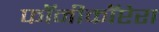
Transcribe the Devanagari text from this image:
फॉनीकॉप्टेरा